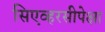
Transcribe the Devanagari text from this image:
सिएव्हरसीपेक्षा